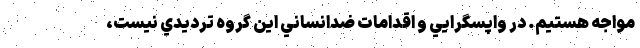
مواجه هستيم. در واپسگرايي و اقدامات ضدانساني اين گروه ترديدي نيست،